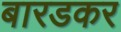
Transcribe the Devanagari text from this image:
बारडकर